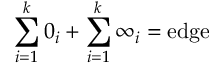
\sum _ { i = 1 } ^ { k } 0 _ { i } + \sum _ { i = 1 } ^ { k } \infty _ { i } = \mathrm { e d g e }